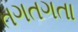
તગતગતા